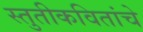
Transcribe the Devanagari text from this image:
स्तुतीकवितांचे